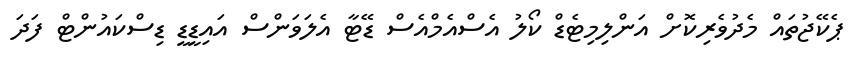
ޕެކޭޖުތައް މެދުވެރިކޮށް އަންލިމިޓެޑް ކޯލު އެސްއެމްއެސް ޑޭޓާ އެލަވަންސް އައިޑީޑީ ޑިސްކައުންޓް ފަދަ